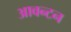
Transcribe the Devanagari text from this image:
आवन्टन